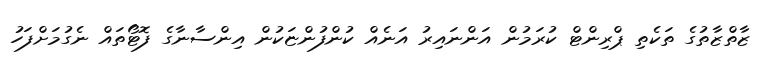
ޒާތްޒާތުގެ ތަކެތި ޕްރިންޓް ކުރަމުން އަންނައިރު އަނެއް ކުންފުންޏަކުން އިންސާނާގެ ފޮޓޯތައް ނެގުމަށްފަހު